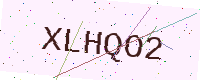
Text: XLHQO2